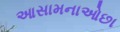
આસામનાઓછા